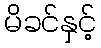
မိခင်နှင့်